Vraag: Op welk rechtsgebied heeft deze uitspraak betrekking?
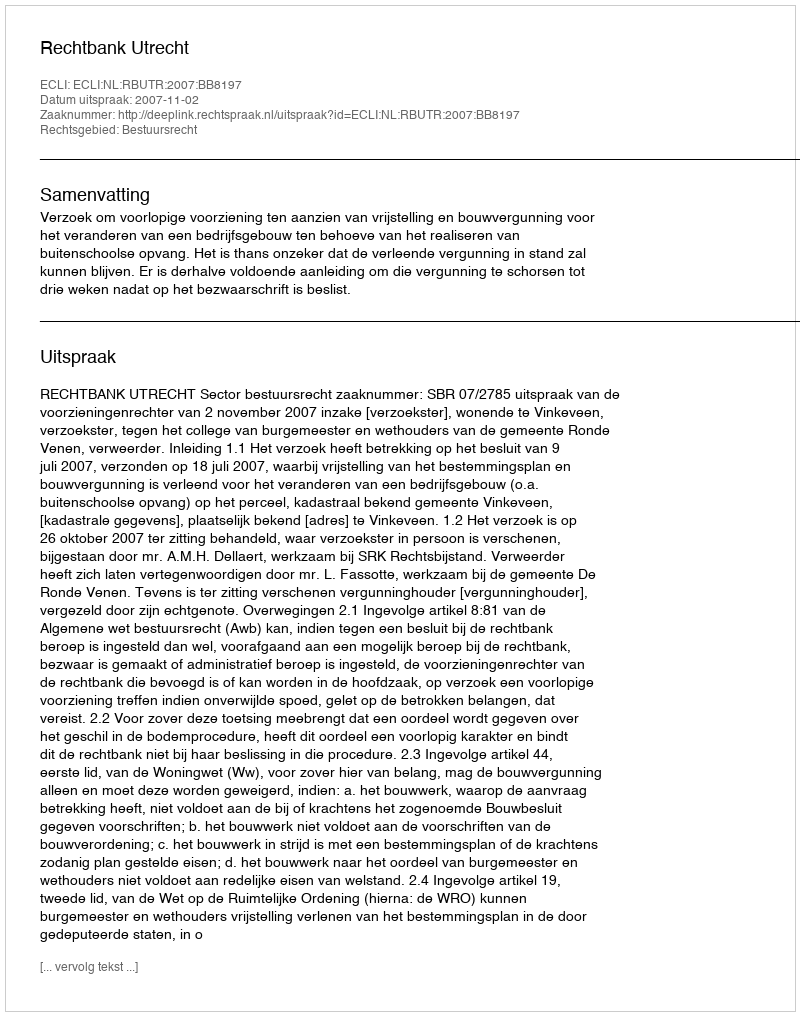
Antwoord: Bestuursrecht